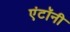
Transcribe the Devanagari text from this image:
एंटॉनी